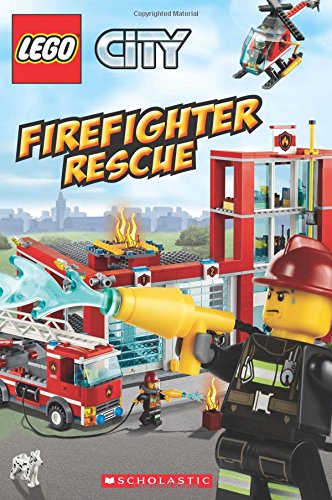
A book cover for Firefighter Rescue (LEGO City: Reader); Trey King; Children's Books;